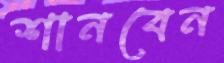
শানবেন